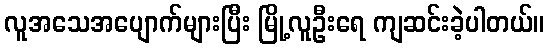
လူအသေအပျောက်များပြီး မြို့လူဦးရေ ကျဆင်းခဲ့ပါတယ်။